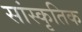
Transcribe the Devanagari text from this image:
सांस्‍कृतिक